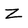
Character: Z